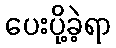
ပေးပို့ခဲ့ရာ